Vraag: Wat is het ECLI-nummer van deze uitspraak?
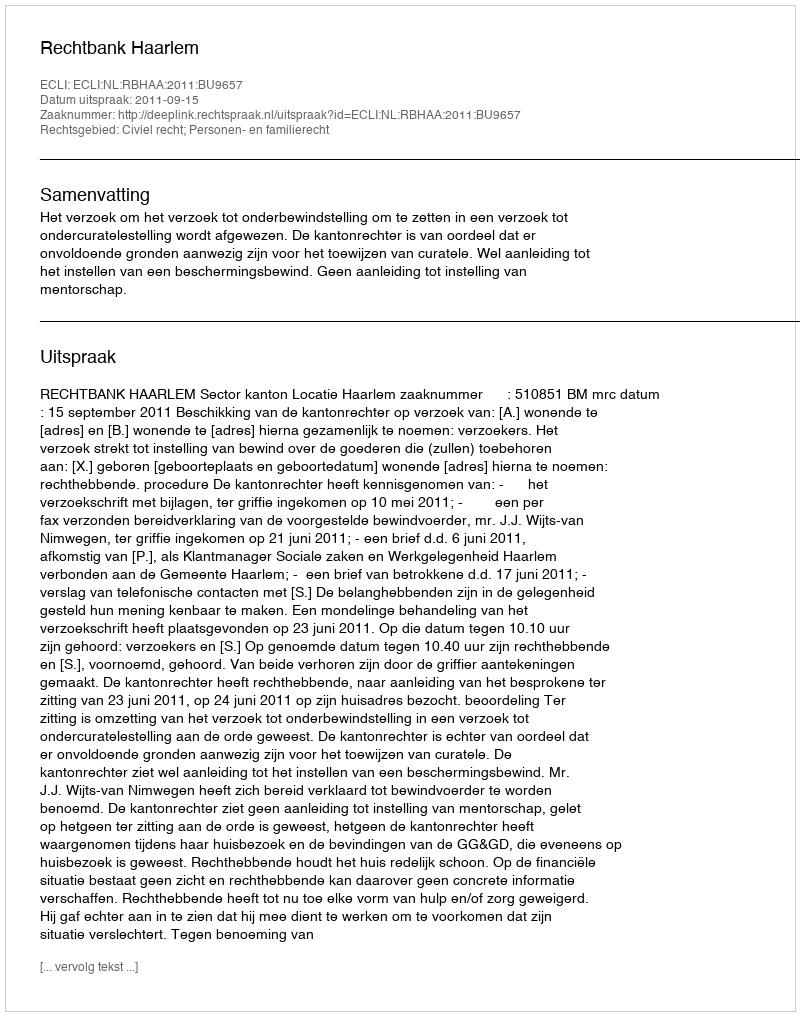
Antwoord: ECLI:NL:RBHAA:2011:BU9657